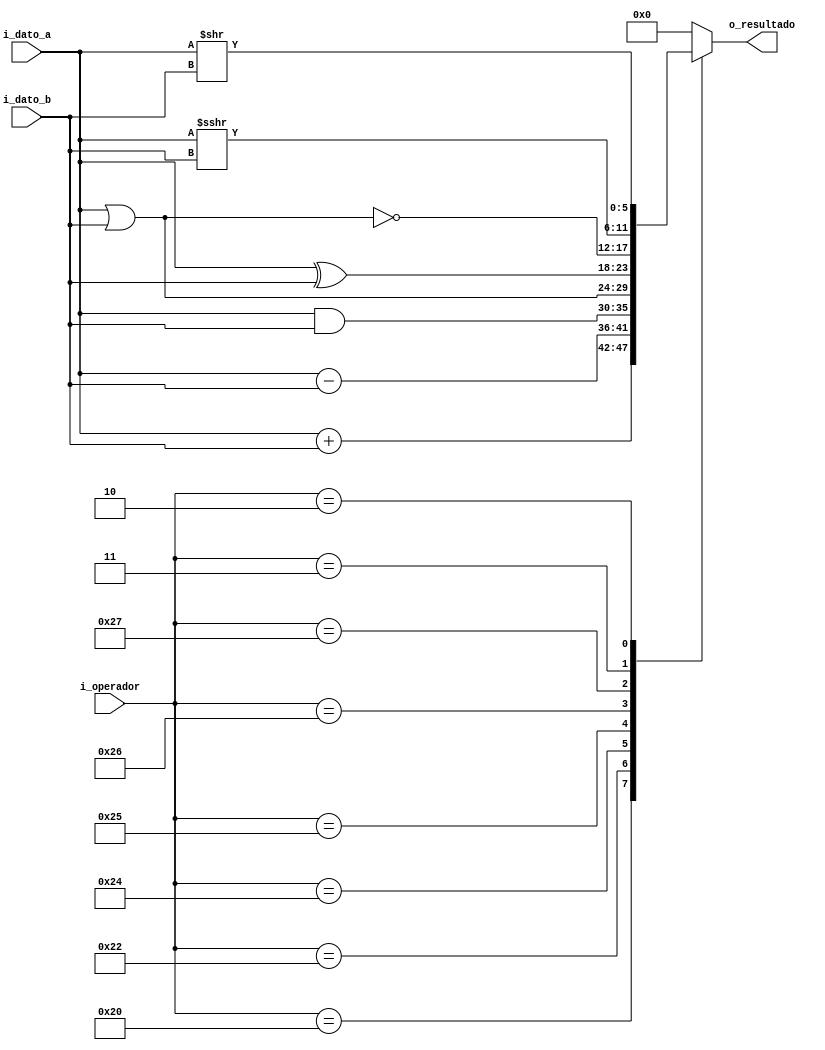
`timescale 1ns / 1ps

module ALU #(parameter NB_DATA=6,
            parameter NB_OPERADOR=6)
(
  input signed [NB_DATA-1 : 0]i_dato_a,
  input signed [NB_DATA-1 : 0]i_dato_b,
  input [NB_OPERADOR-1 : 0]i_operador,
  output reg signed [NB_DATA-1: 0] o_resultado 
);
  
localparam ADD = 6'b100000;
localparam SUB = 6'b100010;
localparam AND = 6'b100100;
localparam OR = 6'b100101;
localparam XOR= 6'b100110;
localparam NOR = 6'b100111;  
localparam SRA = 6'b000011;
localparam SRL = 6'b000010;
  
always @(*)
begin
  case(i_operador)
    ADD: o_resultado = i_dato_a + i_dato_b;		
    SUB: o_resultado = i_dato_a - i_dato_b; 
    AND: o_resultado = i_dato_a & i_dato_b;
    OR: o_resultado = i_dato_a | i_dato_b;
    XOR: o_resultado = i_dato_a ^ i_dato_b;
    NOR: o_resultado = ~(i_dato_a | i_dato_b);
    SRA: o_resultado = i_dato_a >>> i_dato_b;
    SRL: o_resultado = i_dato_a >> i_dato_b;
    default: o_resultado = {NB_DATA{1'b0}};
  endcase
end
endmodule